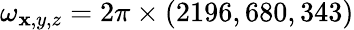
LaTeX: \omega_{\mathbf{x},y,z}=2\pi\times(2196,680,343)